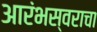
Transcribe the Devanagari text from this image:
आरंभस्वराचा